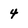
Character: 4